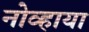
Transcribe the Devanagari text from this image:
नोव्हाया